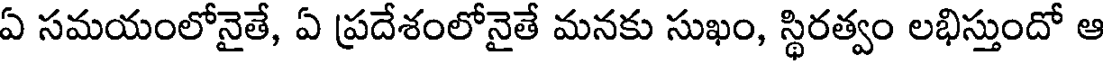
ఏ సమయంలోనైతే, ఏ ప్రదేశంలోనైతే మనకు సుఖం, స్థిరత్వం లభిస్తుందో ఆ